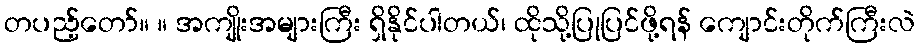
တပည့်တော်။ ။ အကျိုးအများကြီး ရှိနိုင်ပါတယ်၊ ထိုသို့ပြုပြင်ဖို့ရန် ကျောင်းတိုက်ကြီးလဲ